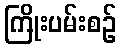
ကြိုးပမ်းစဉ်